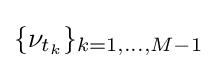
\{\nu _{t_{k}}\}_{k=1,...,M-1}